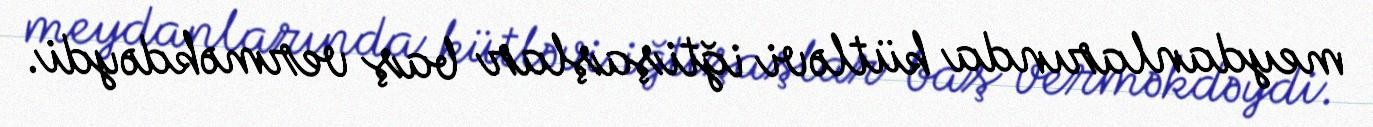
meydanlarında kütləvi iğtişaşlar baş verməkdəydi.